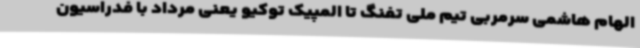
الهام هاشمی سرمربی تیم ملی تفنگ تا المپیک توکیو یعنی مرداد با فدراسیون